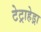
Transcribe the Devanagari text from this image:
टेट्राहेड्रा